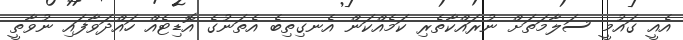
އެއީ ގައުމީ ސަލާމަތަށް ނުރައްކާތެރި ކަމެއްކަން އެނގިތިބެ އެތަނުގެ އޮޑިޓެއް ހައްދަވާފައި ނުވާތީ